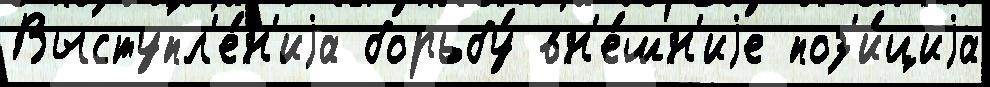
Выступл'е́н'иjа борьбу́ вн'е́шн'иjе поз'и́циjа